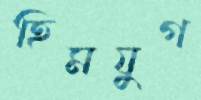
হিমযুগ